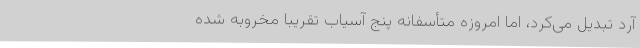
آرد تبدیل می‌کرد، اما امروزه متأسفانه پنج آسیاب تقریباً مخروبه شده